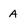
Character: A